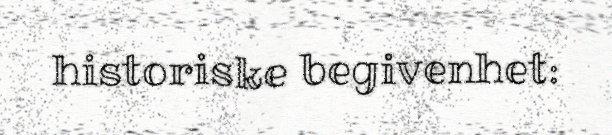
historiske begivenhet: